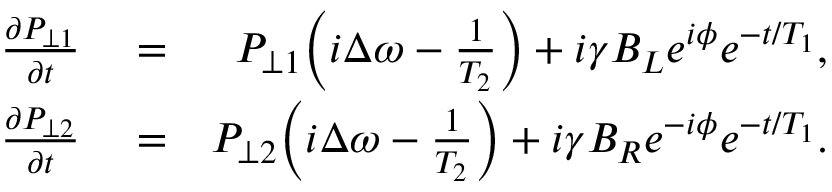
\begin{array} { r l r } { \frac { \partial P _ { \perp 1 } } { \partial t } } & { { } = } & { P _ { \perp 1 } \bigg ( i \Delta \omega - \frac { 1 } { T _ { 2 } } \bigg ) + i \gamma B _ { L } e ^ { i \phi } e ^ { - t / T _ { 1 } } , } \\ { \frac { \partial P _ { \perp 2 } } { \partial t } } & { { } = } & { P _ { \perp 2 } \bigg ( i \Delta \omega - \frac { 1 } { T _ { 2 } } \bigg ) + i \gamma B _ { R } e ^ { - i \phi } e ^ { - t / T _ { 1 } } . } \end{array}